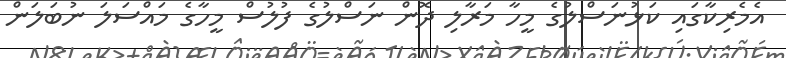
އެމެރިކާގައި ކަޅުނަސްލުގެ މީހާ މަރާލި ދޮން ނަސްލުގެ ފުލުސް މީހާގެ މައްސަލަ ނުބަލަން